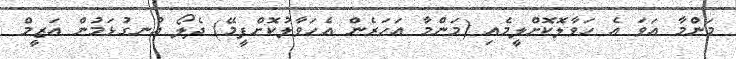
މަންމާ އަވަ އެ ހަވާލޮކޮށްލީމެއި (މަންމާ އަހަރެން އެހަވާލުކޮށްފީމޭ) ދެލޯ އުނގުޅަމުން އަޒީމް